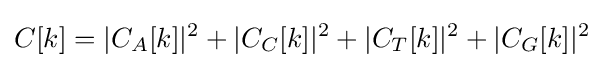
C[k]=|C_{A}[k]|^{2}+|C_{C}[k]|^{2}+|C_{T}[k]|^{2}+|C_{G}[k]|^{2}